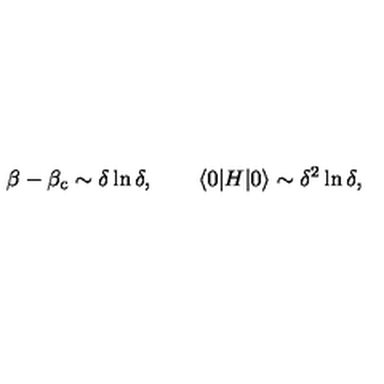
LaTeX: \beta - \beta _ { \mathrm { c } } \sim \delta \ln \delta , \qquad \langle 0 | H | 0 \rangle \sim \delta ^ { 2 } \ln \delta ,